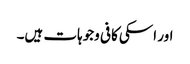
اور اسکی کافی وجوہات ہیں۔